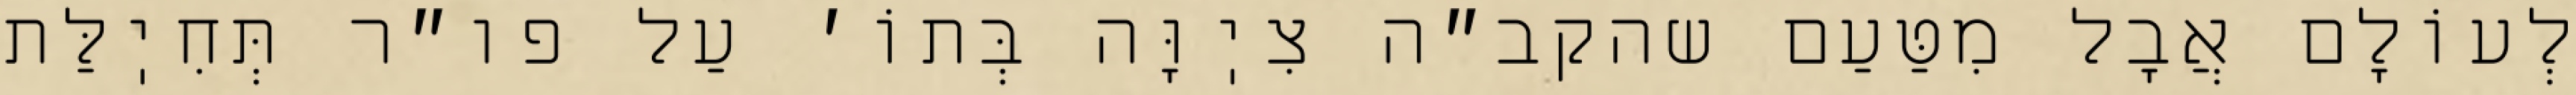
לְעוֹלָם אֲבָל מִטַּעַם שהקב״ה צִיֽוָּה בְּתוֹ׳ עַל פו״ר תְּחִיֽלַּת